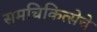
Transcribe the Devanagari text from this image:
समचिकित्सेचे